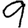
Digit: 9